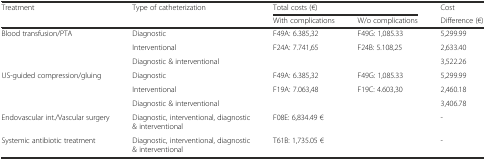
| Treatment | Type of catheterization | <COLSPAN=2> Total costs (€) | Cost |
 |  |  | With complications | W/o complications | Difference (€) |
 | --- | --- | --- | --- | --- |
 | <ROWSPAN=3> Blood transfusion/PTA | Diagnostic | F49A: 6.385,32 | F49G: 1,085.33 | 5,299.99 |
 | Interventional | F24A: 7.741,65 | F24B: 5.108,25 | 2,633.40 |
 | Diagnostic & interventional | <COLSPAN=2>  | 3,522.26 |
 | <ROWSPAN=3> US-guided compression/gluing | Diagnostic | F49A: 6.385,32 | F49G: 1,085.33 | 5,299.99 |
 | Interventional | F19A: 7.063,48 | F19C: 4.603,30 | 2,460.18 |
 | Diagnostic & interventional | <COLSPAN=2>  | 3,406.78 |
 | Endovascular int./Vascular surgery | Diagnostic, interventional, diagnostic & interventional | <COLSPAN=2> F08E: 6,834.49 € | - |
 | Systemic antibiotic treatment | Diagnostic, interventional, diagnostic & interventional | <COLSPAN=2> T61B: 1,735.05 € | - |